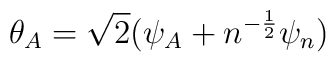
\theta_A = \sqrt 2(\psi_A + n^{-{1 \over 2}}\psi_n)